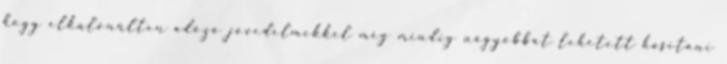
hogy elkülönülten adózó jövedelmekkel még mindig nagyobbat lehetett hasítani